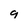
Character: 9